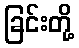
ခြင်းတို့